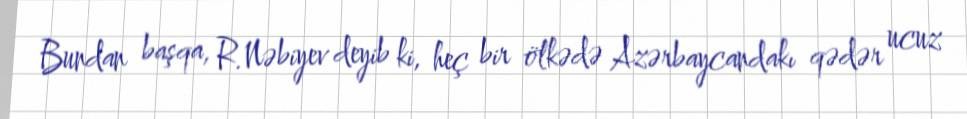
Bundan başqa, R.Nəbiyev deyib ki, heç bir ölkədə Azərbaycandakı qədər ucuz